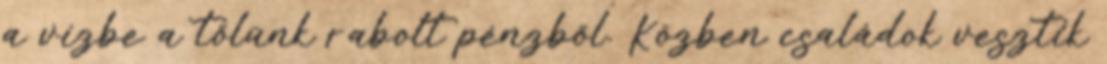
a vízbe a tőlünk rabolt pénzből. Közben családok vesztik